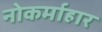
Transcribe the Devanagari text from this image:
नोकर्माहार